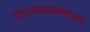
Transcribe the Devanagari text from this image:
गोपाळकाळ्याच्या